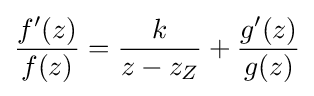
{f'(z) \over f(z)}={k \over z-z_{Z}}+{g'(z) \over g(z)}